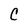
Character: C